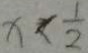
x < \frac { 1 } { 2 }